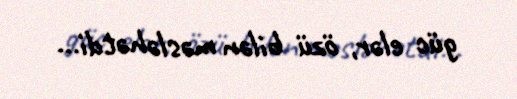
güc elər, özü bilən məsləhətdi...